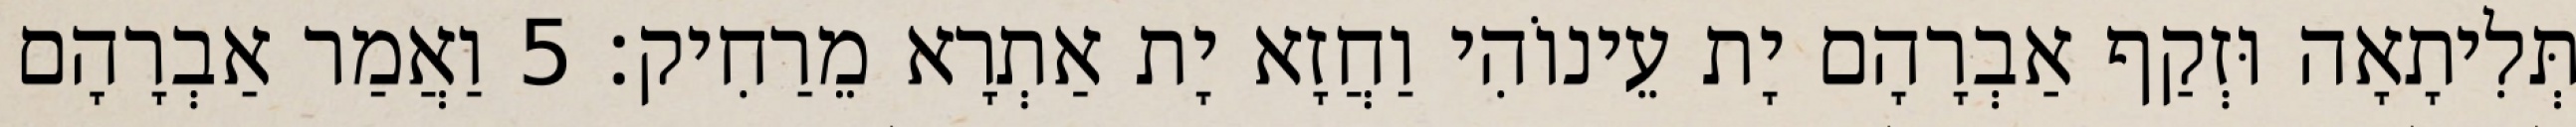
תְּלִיתָאָה וּזְקַף אַבְרָהָם יָת עֵינוֹהִי וַחֲזָא יָת אַתְרָא מֵרַחִיק׃ 5 וַאֲמַר אַבְרָהָם